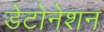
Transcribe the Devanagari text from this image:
डेटोनेशन